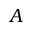
A